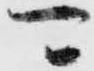
可